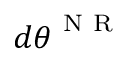
d { \boldsymbol { \theta } } ^ { \mathrm { ~ N ~ R ~ } }